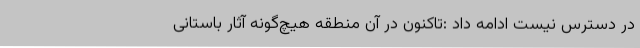
در دسترس نیست ادامه داد :تاکنون در آن منطقه هیچ‌گونه آثار باستانی